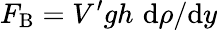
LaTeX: F_{\mathrm{B}}=V^{\prime}gh\, \, \mathrm{d}\rho/\mathrm{d}y